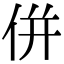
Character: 併